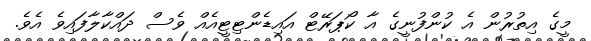
މީގެ އިތުރުން އެ ކުންފުނީގެ އާ ކޯޕަރޭޓް އައިޑެންޓިޓީއެއް ވެސް ދައްކާލާފައިވެ އެވެ.